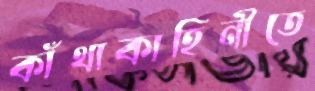
কাঁথাকাহিনীতে